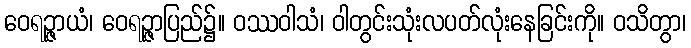
ဝေရဉ္ဇာယံ၊ ဝေရဉ္ဇာပြည်၌။ ဝဿဝါသံ၊ ဝါတွင်းသုံးလပတ်လုံးနေခြင်းကို။ ဝသိတွာ၊